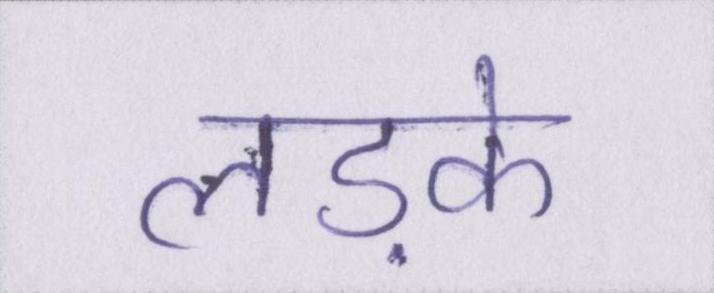
लड़के